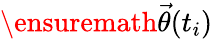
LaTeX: \ensuremath{\vec{\theta}}(t_{i})